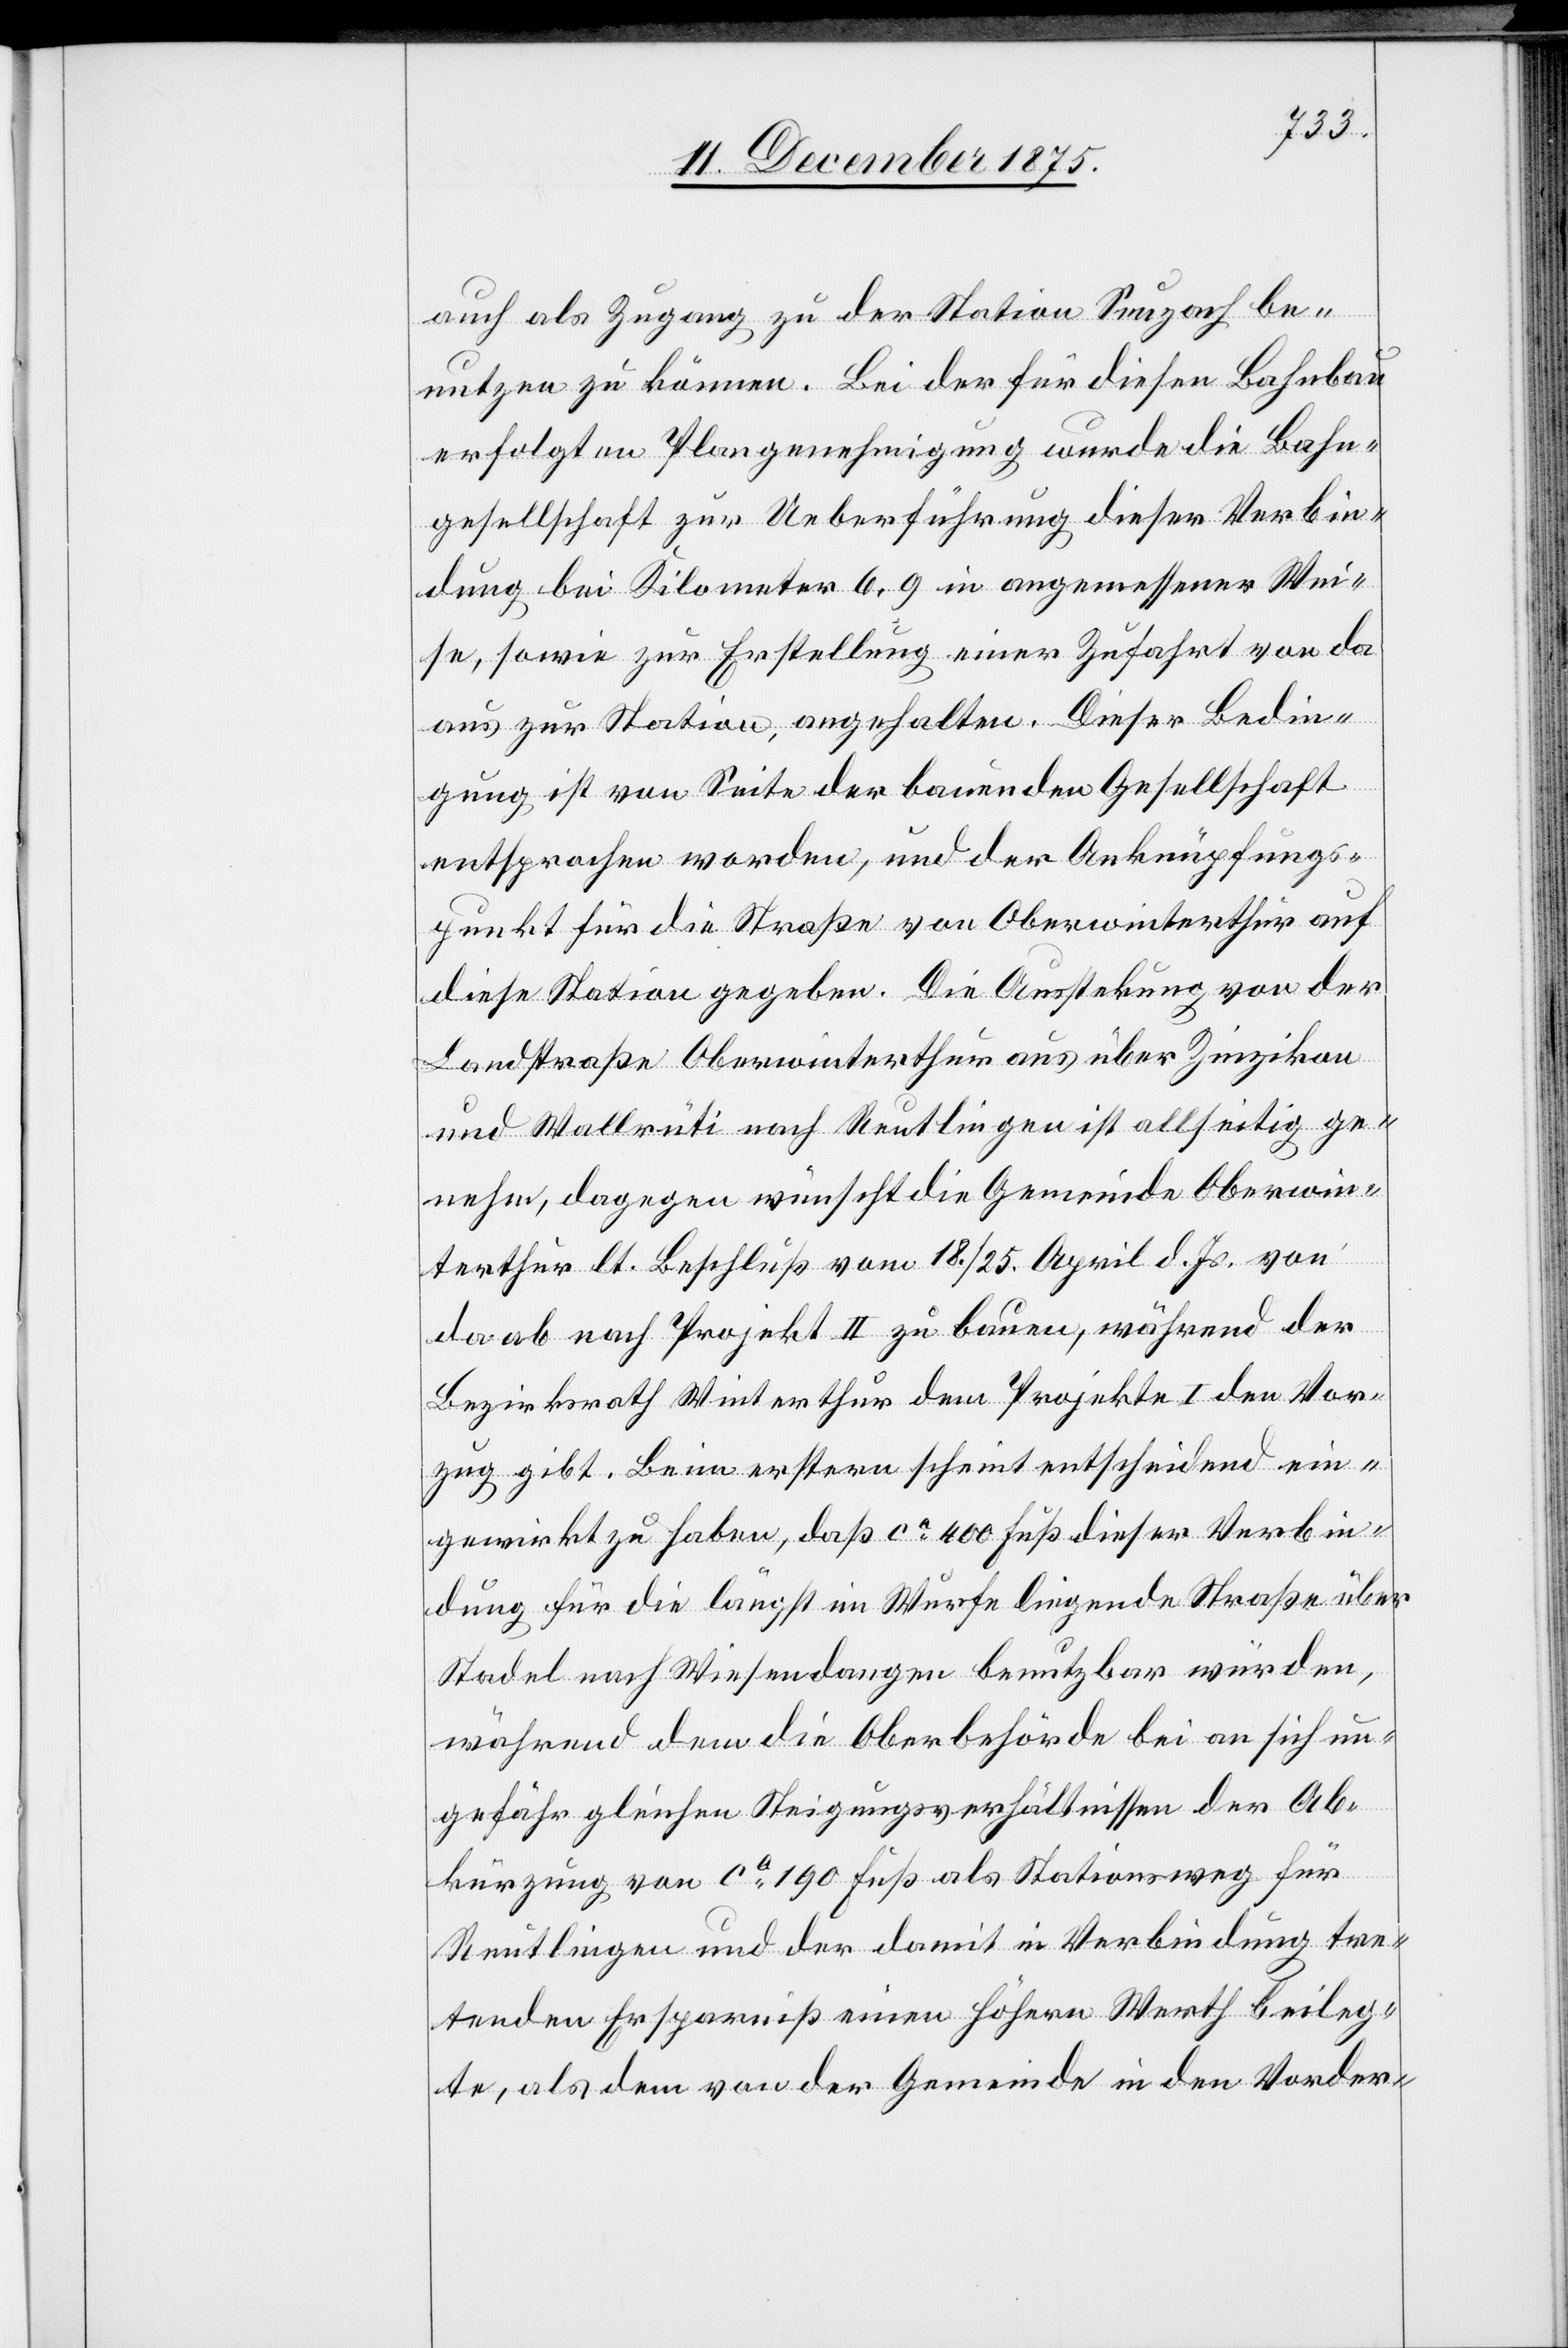
auch als Zugang zu der Station Seuzach be¬
nutzen zu können. Bei der für diesen Bahnbau
erfolgten Plangenehmigung wurde die Bahn¬
gesellschaft zur Ueberführung dieser Verbin¬
dung bei Kilometer 6,9 in angemessener Wei¬
se, sowie zur Erstellung einer Zufahrt von da
aus zur Station, angehalten. Dieser Bedin¬
gung ist von Seite der bauenden Gesellschaft
entsprochen worden, und der Anknüpfungs¬
punkt für die Straße von Oberwinterthur auf
diese Station gegeben. Die Ausste[c]kung von der
Landstraße Oberwinterthur aus über Zinzikon
und Wallrüti nach Reutlingen ist allseitig ge¬
nehm, dagegen wünscht die Gemeinde Oberwin¬
terthur lt. Beschluß vom 18./25. April d. Js. von
da ab nach Projekt II zu bauen, während der
Bezirksrath Winterthur dem Projekte I den Vor¬
zug gibt. Beim erstern scheint entscheidend ein¬
gewirkt zu haben, daß ca 400 Fuß dieser Verbin¬
dung für die längst im Wurfe liegende Straße über
Stadel nach Wiesendangen benutzbar würden,
während dem die Oberbehörde bei an sich un¬
gefähr gleichen Steigungsverhältnissen der Ab¬
kürzung von ca 190 Fuß als Stationsweg für
Reutlingen und der damit in Verbindung tre¬
tenden Ersparniß einen höhern Werth beileg¬
te, als dem von der Gemeinde in den Vorder-